Problem: 3 × 4 = ?
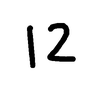
Handwritten answer: 12